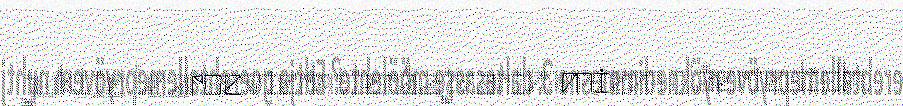
juktie learoevierhtieråajvarimmiem dåeriedidh,